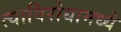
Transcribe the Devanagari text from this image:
त्याविरोधामध्ये